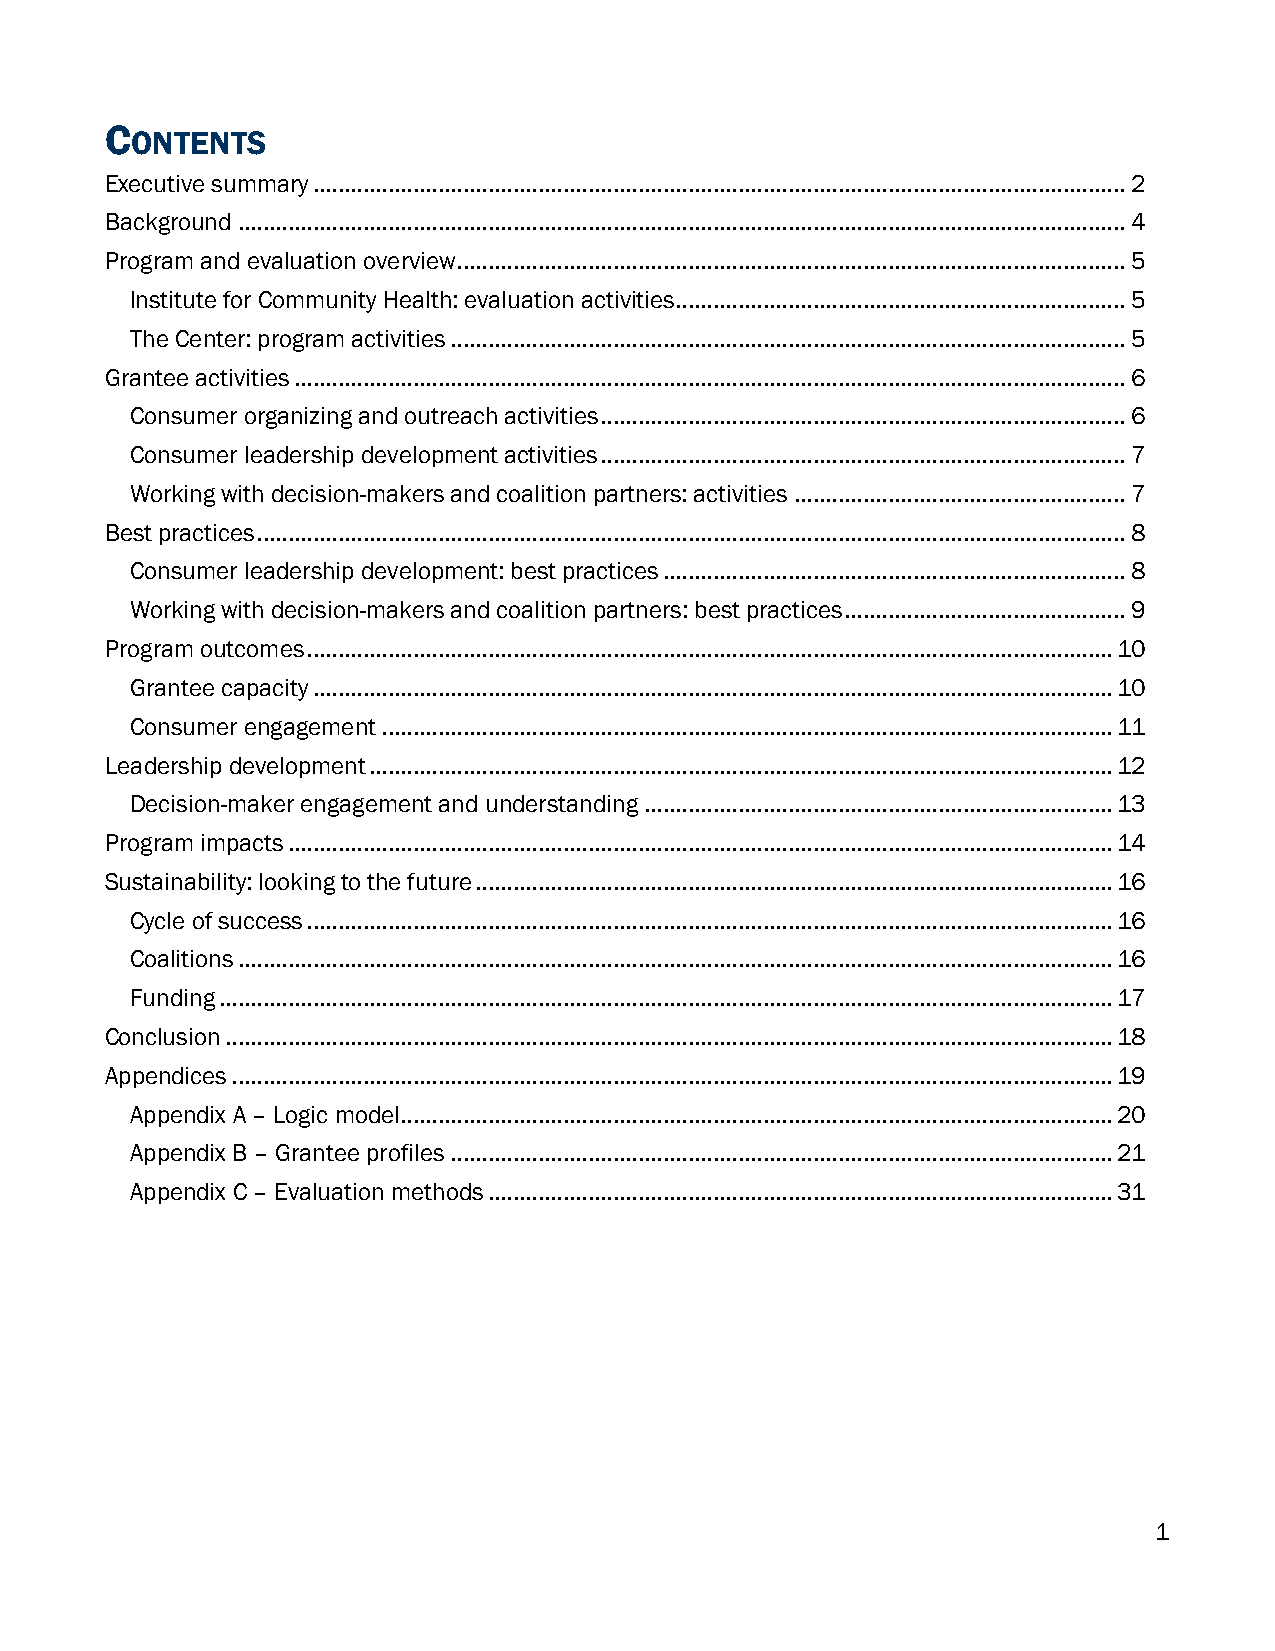
C
 ONTENTS
 Executive summary .................................................................................................................................. 2
 Background .............................................................................................................................................. 4
 Program and evaluation overview ........................................................................................................... 5
 Institute for Community Health: evaluation activities ........................................................................ 5
 The Center: program activities ............................................................................................................ 5
 Grantee activities ..................................................................................................................................... 6
 Consumer organizing and outreach activities .................................................................................... 6
 Consumer leadership development activities .................................................................................... 7
 Working with decision-makers and coalition partners: activities ..................................................... 7
 Best practices ........................................................................................................................................... 8
 Consumer leadership development: best practices .......................................................................... 8
 Working with decision-makers and coalition partners: best practices ............................................. 9
 Program outcomes ................................................................................................................................. 10
 Grantee capacity ................................................................................................................................ 10
 Consumer engagement ..................................................................................................................... 11
 Leadership development ....................................................................................................................... 12
 Decision-maker engagement and understanding ........................................................................... 13
 Program impacts .................................................................................................................................... 14
 Sustainability: looking to the future ...................................................................................................... 16
 Cycle of success ................................................................................................................................. 16
 Coalitions ............................................................................................................................................ 16
 Funding ............................................................................................................................................... 17
 Conclusion .............................................................................................................................................. 18
 Appendices ............................................................................................................................................. 19
 Appendix A – Logic model.................................................................................................................. 20
 Appendix B – Grantee profiles .......................................................................................................... 21
 Appendix C – Evaluation methods .................................................................................................... 31
 1